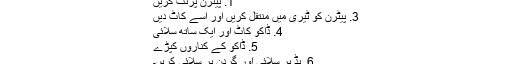
1. پیٹرن پرنٹ کریں
3. پیٹرن کو ٹیری میں منتقل کریں اور اسے کاٹ دیں
4. ڈاکو کاٹ اور ایک ساتھ سلائی
5. ڈاکو کے کناروں کپڑے
6. ہڈ پر سلائی اور گردن پر سلائی کریں۔